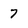
Character: 7